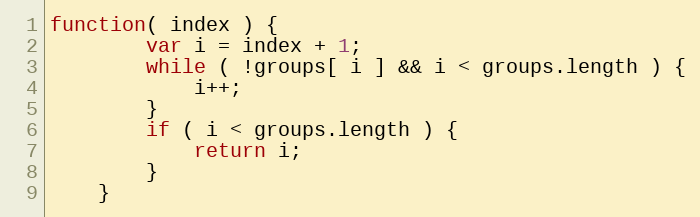
Language: JavaScript
function( index ) {
        var i = index + 1;
        while ( !groups[ i ] && i < groups.length ) {
            i++;
        }
        if ( i < groups.length ) {
            return i;
        }
    }